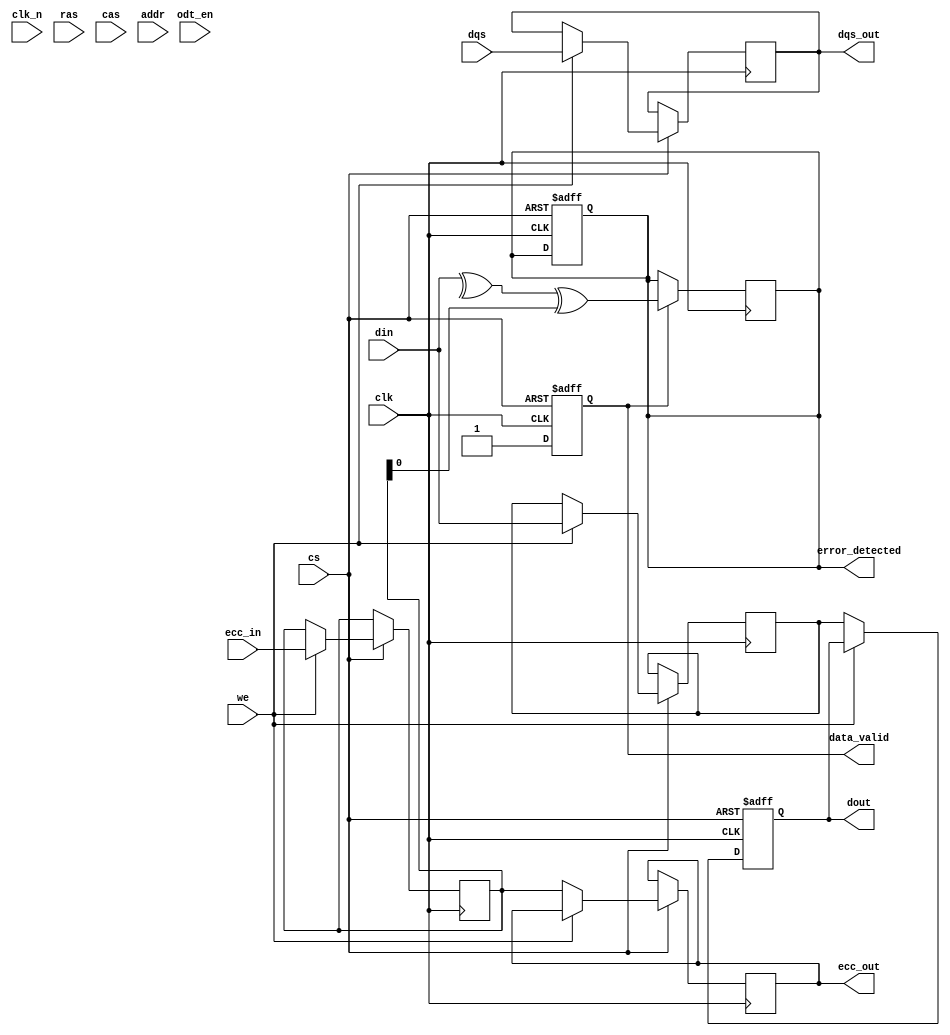
module gddr5_io_block #(
    parameter DATA_WIDTH = 64, // Select data bus width (32, 64, 128)
    parameter ADDR_WIDTH = 32   // Address width
)(
    // Inputs
    input wire clk,               // Clock input
    input wire clk_n,             // Inverted clock input
    input wire [DATA_WIDTH-1:0] din, // Data input
    input wire dqs,               // Data Strobe
    input wire cs,                // Chip Select
    input wire ras,               // Row Address Strobe
    input wire cas,               // Column Address Strobe
    input wire we,                // Write Enable
    input wire [ADDR_WIDTH-1:0] addr, // Address input
    input wire odt_en,            // On-Die Termination enable
    input wire [DATA_WIDTH-1:0] ecc_in, // ECC input for error checking

    // Outputs
    output reg [DATA_WIDTH-1:0] dout, // Data output
    output reg [DATA_WIDTH-1:0] ecc_out, // ECC output
    output reg dqs_out,            // DQS output
    output reg data_valid,         // Data valid signal
    output reg error_detected      // Error detected signal
);

// Internal signals
reg [DATA_WIDTH-1:0] fifo_buffer; // FIFO buffer for data management
reg [DATA_WIDTH-1:0] ecc_calc;    // ECC calculation register
reg initialized;                   // Initialization flag

// Initialization sequence
initial begin
    initialized = 0;
    dout = 0;
    data_valid = 0;
    error_detected = 0;
    ecc_out = 0;
end

// Clock management and data transfer
always @(posedge clk or negedge cs) begin
    if (!cs) begin
        // Reset on chip select low
        dout <= 0;
        data_valid <= 0;
        error_detected <= 0;
    end else begin
        // Data transfer control
        if (we) begin
            // Write operation
            fifo_buffer <= din;
            dqs_out <= dqs; // Generate DQS signal
            ecc_calc <= ecc_in; // Capture incoming ECC data
            data_valid <= 1; // Mark data as valid
        end else begin
            // Read operation
            dout <= fifo_buffer; // Output data from FIFO buffer
            ecc_out <= ecc_calc; // Output calculated ECC
            data_valid <= 1; // Mark data as valid
        end
    end
end

// Error detection (simple parity check for example)
always @(posedge clk) begin
    if (data_valid) begin
        // Simple error detection logic (parity)
        // Assuming ecc_calc is a single bit parity calculated from din
        error_detected <= ^din ^ ecc_calc; // XOR of data and received ECC for parity check
    end
end

// On-Die Termination logic
always @(posedge clk) begin
    if (odt_en) begin
        // Implement ODT logic here (if necessary)
    end
end

endmodule